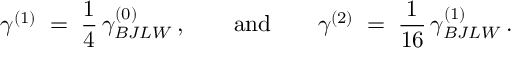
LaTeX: \gamma ^ { ( 1 ) } \; = \; \frac { 1 } { 4 } \, \gamma _ { B J L W } ^ { ( 0 ) } \, , \qquad \mathrm { a n d } \qquad \gamma ^ { ( 2 ) } \; = \; \frac { 1 } { 1 6 } \, \gamma _ { B J L W } ^ { ( 1 ) } \, .